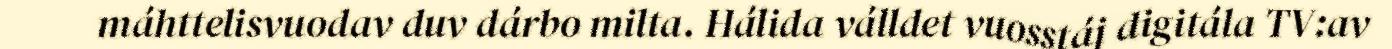
máhttelisvuodav duv dárbo milta. Hálida válldet vuosstáj digitála TV:av